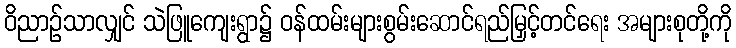
ဝိညာဉ်သာလျှင် သဲဖြူကျေးရွာ၌ ဝန်ထမ်းများစွမ်းဆောင်ရည်မြှင့်တင်ရေး အများစုတို့ကို